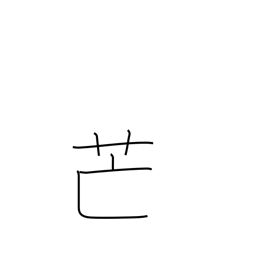
Meaning: pampas grass